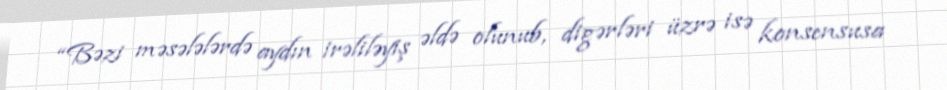
“Bəzi məsələlərdə aydın irəliləyiş əldə olunub, digərləri üzrə isə konsensusa